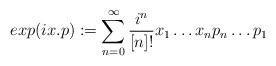
LaTeX: \begin{align*}exp(i x.p):= \sum^{\infty}_{n=0} \frac{i^{n}}{[n]!} x_{1}\ldots x_{n}p_{n}\ldots p_{1}\end{align*}